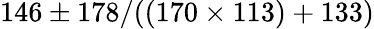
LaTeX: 146\pm 178/((170\times 113)+133)